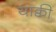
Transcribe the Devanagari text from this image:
याक्वी